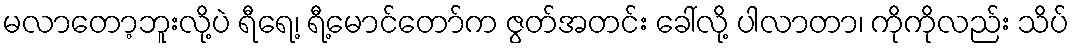
မလာတော့ဘူးလို့ပဲ ရီရေ့၊ ရီ့မောင်တော်က ဇွတ်အတင်း ခေါ်လို့ ပါလာတာ၊ ကိုကိုလည်း သိပ်